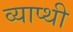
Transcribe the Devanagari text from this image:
व्याप्थी